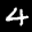
Label: 4